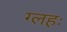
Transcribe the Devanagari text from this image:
ग्लहः